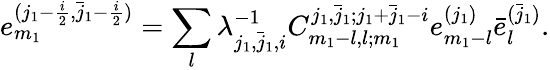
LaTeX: e_{m_{1}}^{(j_{1}-\frac{i}{2},\bar{j}_{1}-\frac{i}{2})}=\sum_{l}\lambda_{j_{1},\bar{j}_{1},i}^{-1}C_{m_{1}-l,l;m_{1}}^{j_{1},\bar{j}_{1};j_{1}+\bar{j}_{1}-i}e_{m_{1}-l}^{(j_{1})}\bar{e}_{l}^{(\bar{j}_{1})}.